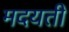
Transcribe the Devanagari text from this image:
मदयती